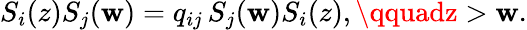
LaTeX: S_{i}(z)S_{j}(\mathbf{w})=q_{ij}\, S_{j}(\mathbf{w})S_{i}(z),\qquadz>\mathbf{w}.